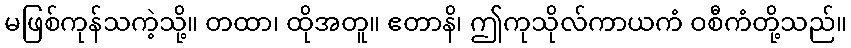
မဖြစ်ကုန်သကဲ့သို့။ တထာ၊ ထိုအတူ။ ဧတာနိ၊ ဤကုသိုလ်ကာယကံ ဝစီကံတို့သည်။